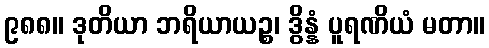
၉၈၈။ ဒုတိယာ ဘရိယာယဉ္စ၊ ဒွိန္နံ ပူရဏိယံ မတာ။